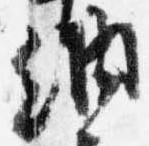
納